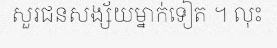
សួរជនសង្ស័យម្នាក់ទៀត ។ លុះ